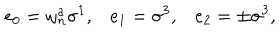
e _ { 0 } = \omega _ { n } ^ { a } \sigma ^ { 1 } , e _ { 1 } = \sigma ^ { 3 } , e _ { 2 } = \pm \sigma ^ { 3 } ,